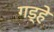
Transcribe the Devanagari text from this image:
गड़्हे